Document type: Sale
Year: 1461
Scribe: [Unknown]
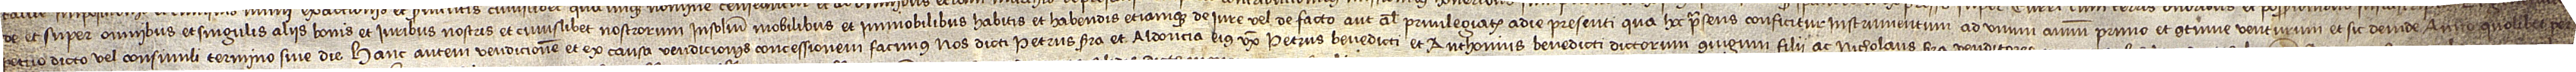
de et super omnibus et singulis aliis bonis et iuribus nostris et cuiuslibet nostrorum insolidum, mobilibus et immobilibus, habitis et habendis etiamque de iure vel de facto aut aliter privilegiatis a die presenti qua hoc presens conficitur instrumentum ad unum annum primo et continue venturum, et sic deinde anno quolibet per-